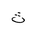
Letter: _tha